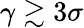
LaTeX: \gamma\gtrsim 3\sigma